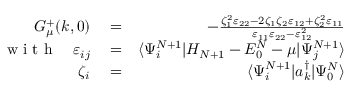
\begin{array} { r l r } { G _ { \mu } ^ { + } ( k , 0 ) } & { { } = } & { - \frac { \zeta _ { 1 } ^ { 2 } \varepsilon _ { 2 2 } - 2 \zeta _ { 1 } \zeta _ { 2 } \varepsilon _ { 1 2 } + \zeta _ { 2 } ^ { 2 } \varepsilon _ { 1 1 } } { \varepsilon _ { 1 1 } \varepsilon _ { 2 2 } - \varepsilon _ { 1 2 } ^ { 2 } } } \\ { \mathrm { ~ w ~ i ~ t ~ h ~ } \quad \varepsilon _ { i j } } & { { } = } & { \langle \Psi _ { i } ^ { N + 1 } | H _ { N + 1 } - E _ { 0 } ^ { N } - \mu | \Psi _ { j } ^ { N + 1 } \rangle } \\ { \zeta _ { i } } & { { } = } & { \langle \Psi _ { i } ^ { N + 1 } | a _ { k } ^ { \dagger } | \Psi _ { 0 } ^ { N } \rangle } \end{array}